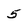
Character: 5